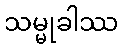
သမ္မုခါဿ